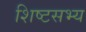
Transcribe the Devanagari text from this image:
शिष्टसभ्य